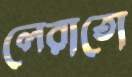
লেরাতো